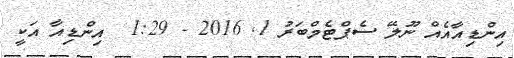
އިންޑިއާއެއް ނޫލޭ ސެޕްޓެމްބަރު 1